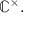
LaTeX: \mathbb { C } ^ { \times } .